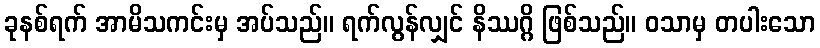
ခုနစ်ရက် အာမိသကင်းမှ အပ်သည်။ ရက်လွန်လျှင် နိဿဂ္ဂိ ဖြစ်သည်။ ဝသာမှ တပါးသော